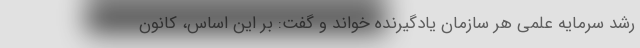
رشد سرمایه‌ علمی هر سازمان یادگیرنده‌ خواند و گفت: بر این اساس، کانون